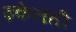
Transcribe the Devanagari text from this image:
ढ़केलती